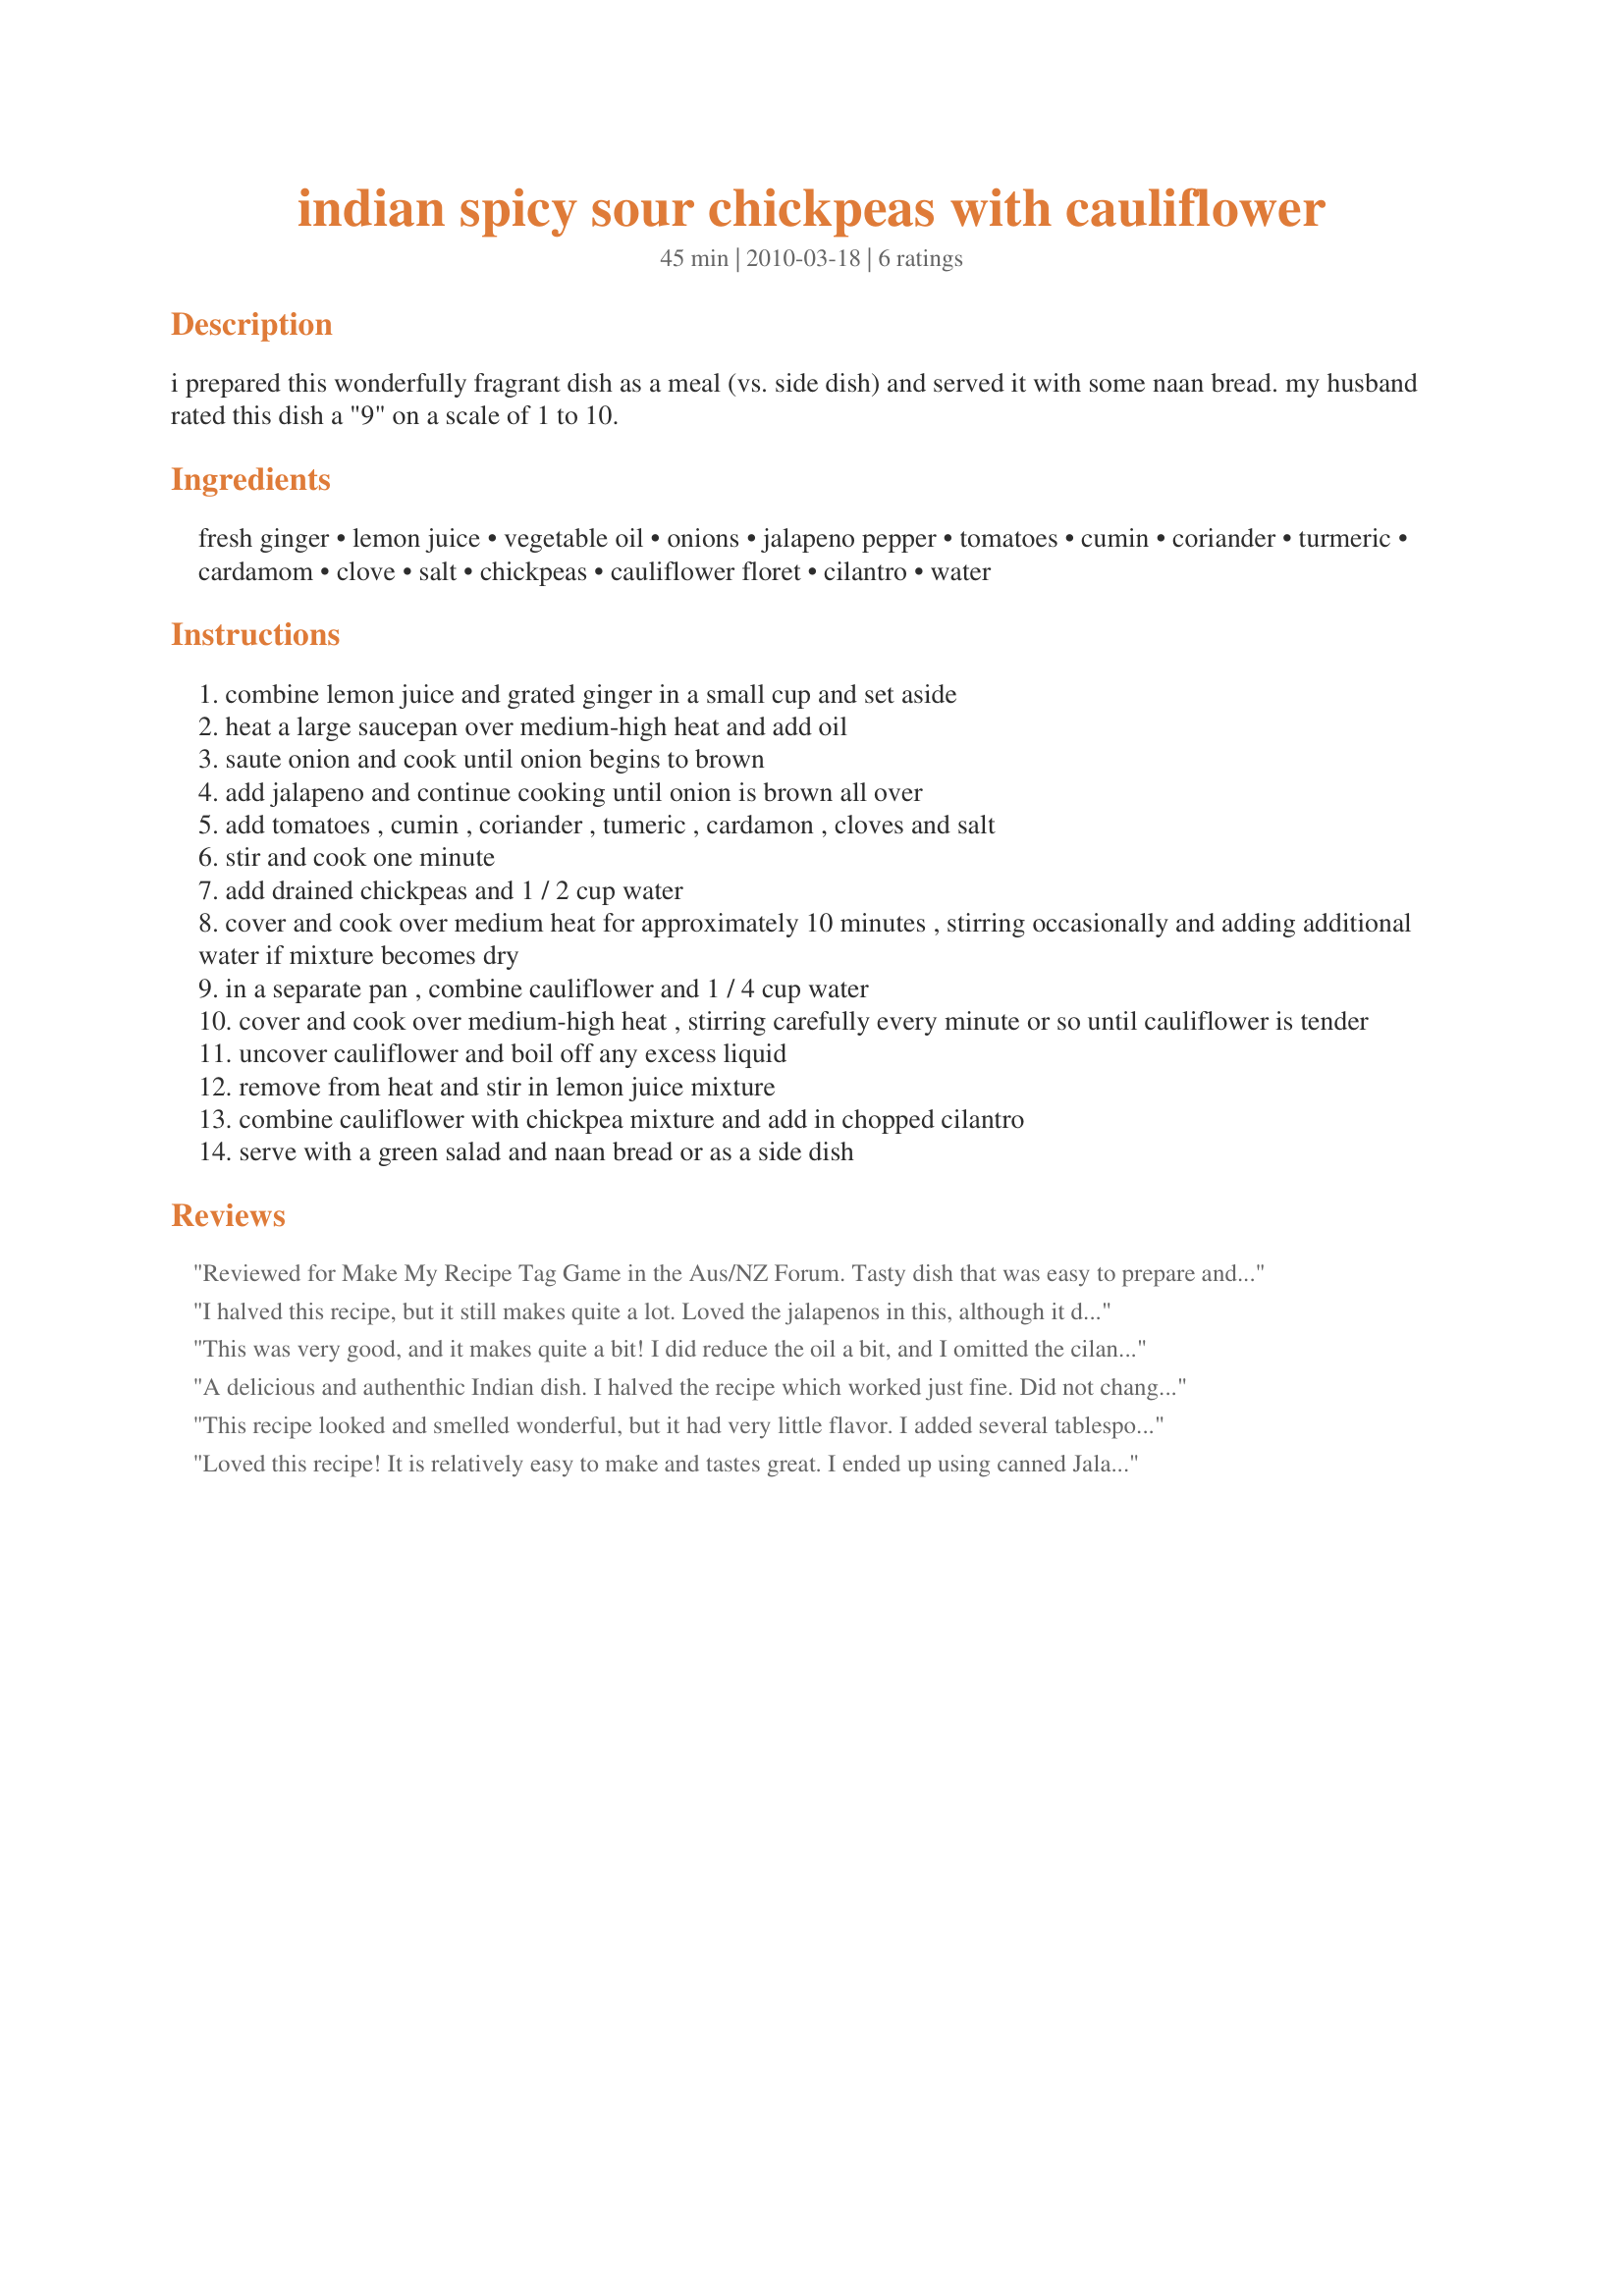
indian spicy sour chickpeas with cauliflower
Preparation time: 45 minutes

i prepared this wonderfully fragrant dish as a meal (vs. side dish) and served it with some naan bread. my husband rated this dish a "9" on a scale of 1 to 10.

Ingredients:
fresh ginger, lemon juice, vegetable oil, onions, jalapeno pepper, tomatoes, cumin, coriander, turmeric, cardamom, clove, salt, chickpeas, cauliflower floret, cilantro, water

Steps:
combine lemon juice and grated ginger in a small cup and set aside
heat a large saucepan over medium-high heat and add oil
saute onion and cook until onion begins to brown
add jalapeno and continue cooking until onion is brown all over
add tomatoes , cumin , coriander , tumeric , cardamon , cloves and salt
stir and cook one minute
add drained chickpeas and 1 / 2 cup water
cover and cook over medium heat for approximately 10 minutes , stirring occasionally and adding additional water if mixture becomes dry
in a separate pan , combine cauliflower and 1 / 4 cup water
cover and cook over medium-high heat , stirring carefully every minute or so until cauliflower is tender
uncover cauliflower and boil off any excess liquid
remove from heat and stir in lemon juice mixture
combine cauliflower with chickpea mixture and add in chopped cilantro
serve with a green salad and naan bread or as a side dish

Reviews:
Reviewed for Make My Recipe Tag Game in the Aus/NZ Forum. Tasty dish that was easy to prepare and enjoyed by all my family. Served with some basmati rice, pappadums and some pan cooked chicken with cumin. A vegetarian, dairy and gluten-free suitable meal (without the addition of chicken). Photo also to be posted
I halved this recipe, but it still makes quite a lot. Loved the jalapenos in this, although it does make it a bit spicy. I enjoyed mine with some Naan bread and raita. Thanks for sharing! Made for ZWT8.
This was very good, and it makes quite a bit! I did reduce the oil a bit, and I omitted the cilantro since I can't abide the stuff (yep, I'm one of THOSE people!). I loved the inclusion of cauliflower in this classic dish. Next time I would like to try pureeing the tomatoes to make for a smoother "sauce". Also, it is totally reasonable to substitute garam masala for most of the spices in this dish (turmeric, clove, and salt excepted), which I did to make life easier. I did choose to omit the clove since my garam masala contained cinnamon and I thought that was close enough. Thanks for posting! Made for ZWT 8: The Wild Bunch.
A delicious and authenthic Indian dish. I halved the recipe which worked just fine. Did not change anything, made as directed. Made for ZWT 8
This recipe looked and smelled wonderful, but it had very little flavor. I added several tablespoons of yellow curry and it was much better.
Loved this recipe! It is relatively easy to make and tastes great. I ended up using canned Jalapeno peppers, which turned out to be a bit limpid. Next time, I'd either wait to find fresh peppers or add a pinch of cayenne to give it a bit more heat. The only change I made to the basic recipe was to add 1/2 - 3/4 cup Greek style yogurt at the end - this gave it just slightly more sour overtones, and a very smooth consistency. Over basmati or jasmine rice, this is a very sturdy, standalone dish or a terrific side dish.
